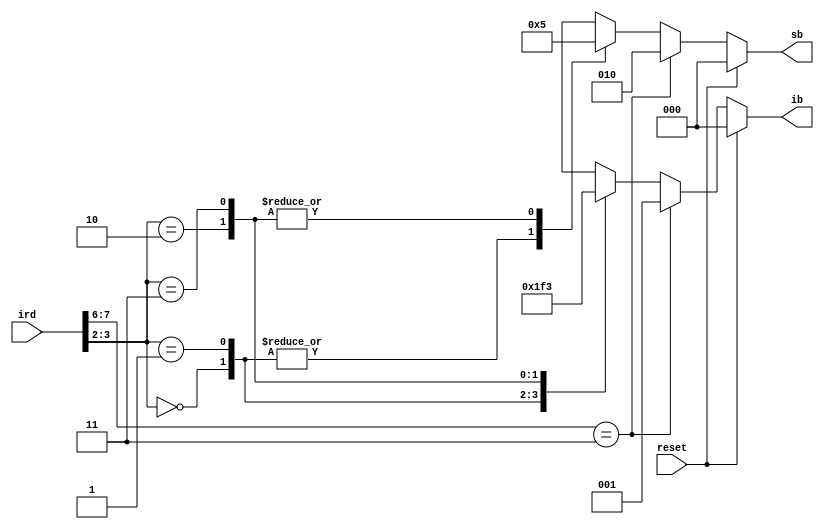
module insdec(ib,sb,ird,reset);
output reg [2:0]ib,sb;
input [7:0]ird;
input reset;

always @(*)
begin
if(reset)begin ib=3'd0; sb=3'd0; end
else
begin
if(ird[7:6]==2'b11) begin ib=3'd1; sb=3'd2; end
else
    begin
    case(ird[3:2])
    2'b00: begin ib=3'd0; sb=3'd0; end//halt instruction
    2'b01: begin ib=3'd7; sb=3'd0; end
    2'b10: begin ib=3'd6; sb=3'd5; end
    2'b11: begin ib=3'd3; sb=3'd5; end
    endcase
    end
end
end

endmodule